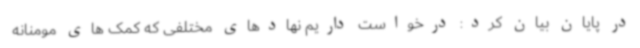
در پایان بیان کرد: درخواست داریم نهادهای مختلفی که کمک های مومنانه